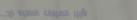
تأجير السيارات الفاخرة لج